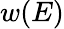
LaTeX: w(E)